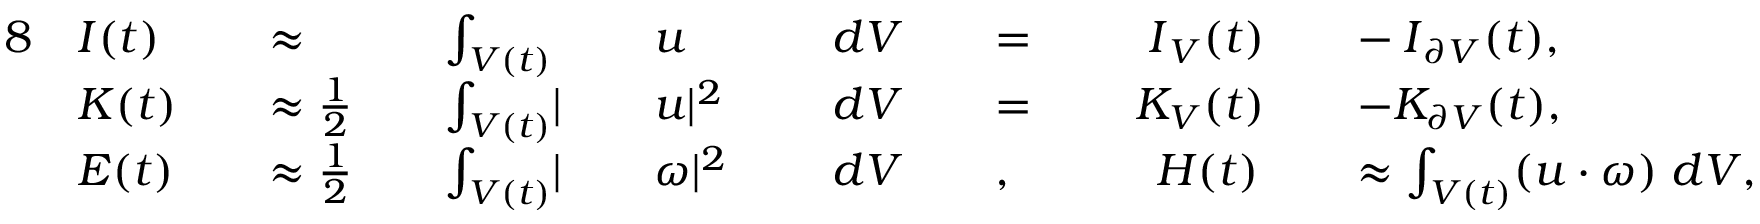
\begin{array} { r l r l r l r l r l r l r l r l } { { 8 } } & { \boldsymbol { I } ( t ) } & & { \approx } & & { \int _ { V ( t ) } } & & { \boldsymbol { u } } & & { d V } & & { = \; } & & { \; \boldsymbol { I } _ { V } ( t ) } & & { - \: \boldsymbol { I } _ { \partial V } ( t ) , } \\ & { K ( t ) } & & { \approx \frac { 1 } { 2 } } & & { \int _ { V ( t ) } \lvert } & & { \boldsymbol { u } \rvert ^ { 2 } } & & { d V } & & { = \; } & & { K _ { V } ( t ) } & & { - K _ { \partial V } ( t ) , } \\ & { E ( t ) } & & { \approx \frac { 1 } { 2 } } & & { \int _ { V ( t ) } \lvert } & & { \boldsymbol { \omega } \rvert ^ { 2 } \; } & & { d V } & & { , } & & { \; \, H ( t ) } & & { \approx \int _ { V ( t ) } ( \boldsymbol { u } \cdot \boldsymbol { \omega } ) \; d V , } \end{array}